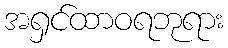
အရှင်ထာဝရဘုရား